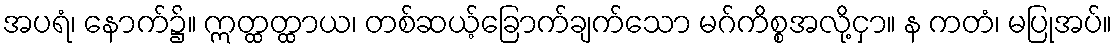
အပရံ၊ နောက်၌။ ဣတ္ထတ္ထာယ၊ တစ်ဆယ့်ခြောက်ချက်သော မဂ်ကိစ္စအလို့ငှာ။ န ကတံ၊ မပြုအပ်။